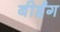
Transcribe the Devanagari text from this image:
बीईंग